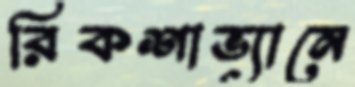
রিকশাভ্যানে